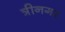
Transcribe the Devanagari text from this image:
त्रीनगर